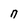
Character: n